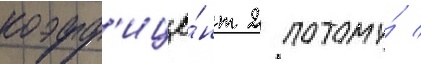
коэфф'ицие́нт 2 потому́ /